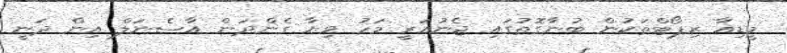
މީޑިއާ ރިޕޯޓްތަކުން ބުނާގޮތުގައި ޖެނުއަރީ މަހު ވިޔާ ގެންދަން އާސެނަލް އިން ދަނީ